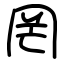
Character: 罔